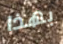
بهذا